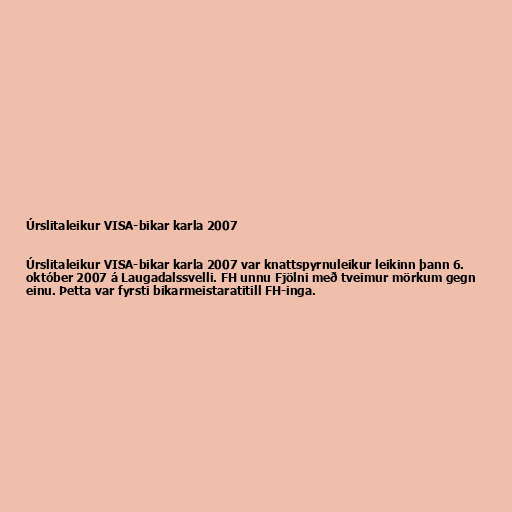
Úrslitaleikur VISA-bikar karla 2007

Úrslitaleikur VISA-bikar karla 2007 var knattspyrnuleikur leikinn þann 6.
október 2007 á Laugadalssvelli. FH unnu Fjölni með tveimur mörkum gegn
einu. Þetta var fyrsti bikarmeistaratitill FH-inga.